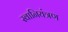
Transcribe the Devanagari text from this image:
स्वानियंत्रण